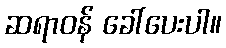
ဆရာဝန် ခေါ်ပေးပါ။